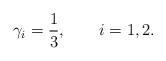
LaTeX: \begin{align*}\gamma_i=\frac{1}{3}, \qquad i=1,2.\end{align*}